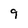
Character: 9